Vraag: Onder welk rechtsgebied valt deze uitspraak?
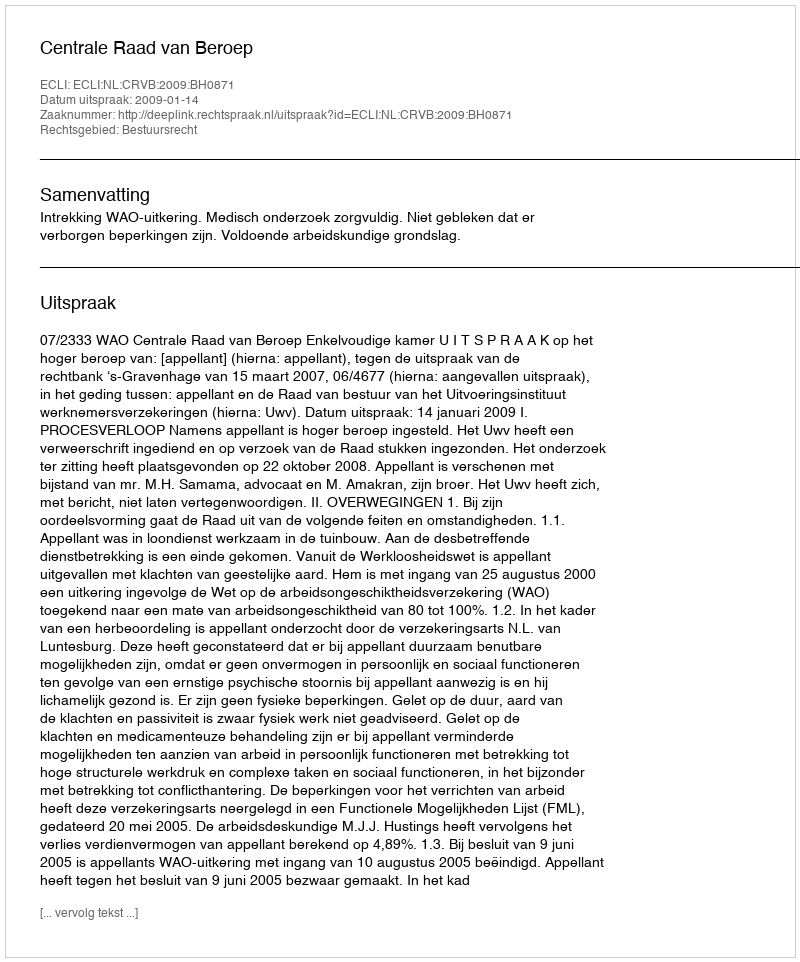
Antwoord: Bestuursrecht